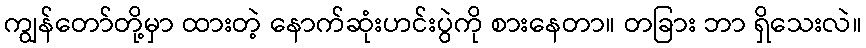
ကျွန်တော်တို့မှာ ထားတဲ့ နောက်ဆုံးဟင်းပွဲကို စားနေတာ။ တခြား ဘာ ရှိသေးလဲ။